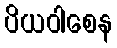
ပိယဝါစေန